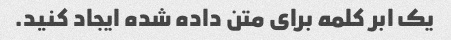
یک ابر کلمه برای متن داده شده ایجاد کنید.